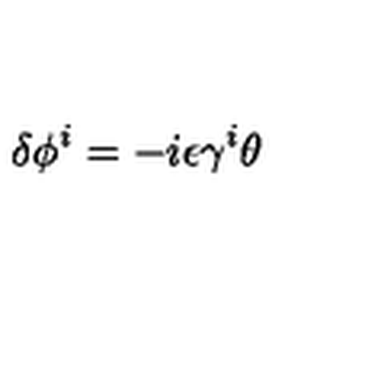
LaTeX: \delta \phi ^ { i } = - i \epsilon \gamma ^ { i } \theta